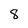
Character: 8